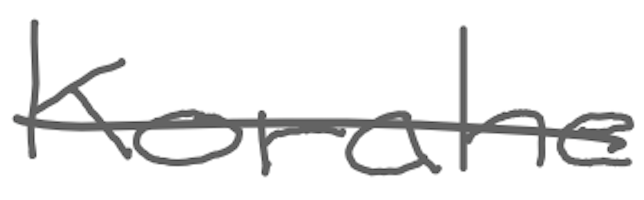
Text: Korahe
Cross-out: single-line
Writing tool: digital_gray